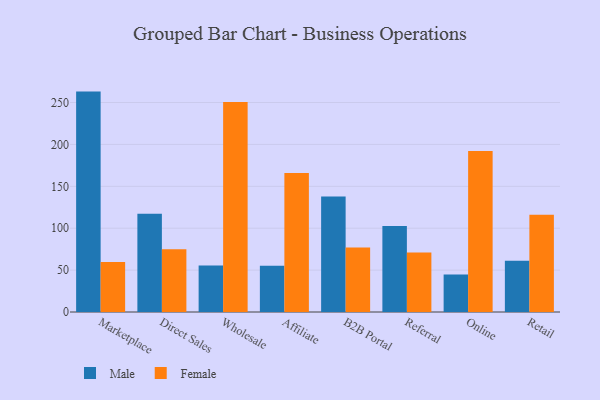
{"axis": {"x": "Channel", "y": "Waste Production (Tons)"}, "legend": ["Female", "Male"], "data": [{"x": "Marketplace", "y": 263.0, "type": "Male"}, {"x": "Marketplace", "y": 59.7, "type": "Female"}, {"x": "Direct Sales", "y": 117.1, "type": "Male"}, {"x": "Direct Sales", "y": 75.0, "type": "Female"}, {"x": "Wholesale", "y": 55.6, "type": "Male"}, {"x": "Wholesale", "y": 250.5, "type": "Female"}, {"x": "Affiliate", "y": 55.2, "type": "Male"}, {"x": "Affiliate", "y": 165.8, "type": "Female"}, {"x": "B2B Portal", "y": 137.7, "type": "Male"}, {"x": "B2B Portal", "y": 76.9, "type": "Female"}, {"x": "Referral", "y": 102.6, "type": "Male"}, {"x": "Referral", "y": 71.1, "type": "Female"}, {"x": "Online", "y": 44.6, "type": "Male"}, {"x": "Online", "y": 192.2, "type": "Female"}, {"x": "Retail", "y": 61.3, "type": "Male"}, {"x": "Retail", "y": 115.9, "type": "Female"}]}